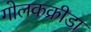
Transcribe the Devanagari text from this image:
गोलकक्रीडा